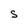
Character: S